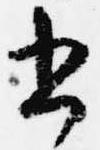
書